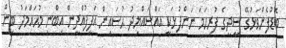
ބޮޑުފެންވަޅުގޭ ސީދީގެ ފުރިހަމަ ނަންފުޅަކީ އައްސައްޔިދު ޙުސައިން އަފީފުއްދީން އިބްނި މުޙައްމަދު ބިން